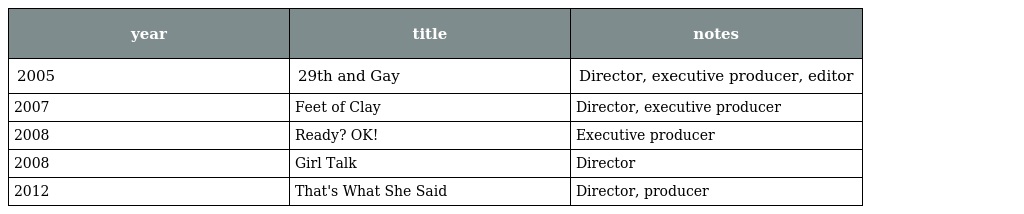
| year | title | notes |
 | --- | --- | --- |
 | 2005 | 29th and Gay | Director, executive producer, editor |
 | 2007 | Feet of Clay | Director, executive producer |
 | 2008 | Ready? OK! | Executive producer |
 | 2008 | Girl Talk | Director |
 | 2012 | That's What She Said | Director, producer |